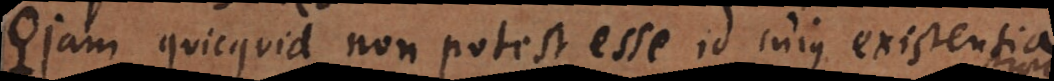
Jam quicquid non potest esse id cujus existentia